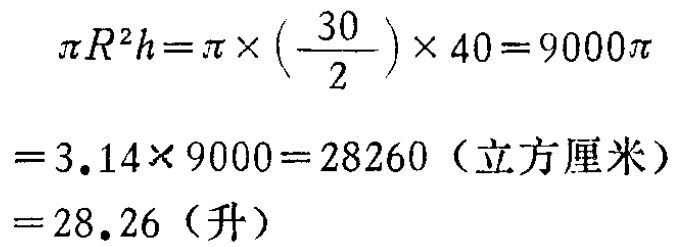
\[

\begin{align*}

\pi R^{2}h&=\pi\times\left(\frac{30}{2}\right)\times40 = 9000\pi\\

&=3.14\times9000 = 28260 \text{（立方厘米）}\\

&=28.26 \text{（升）}

\end{align*}

\]